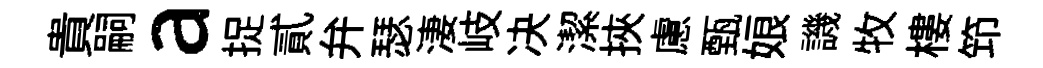
貴嗣a捉貳弁瑟淒岐决潔挾慮甄娘譏牧樓笻